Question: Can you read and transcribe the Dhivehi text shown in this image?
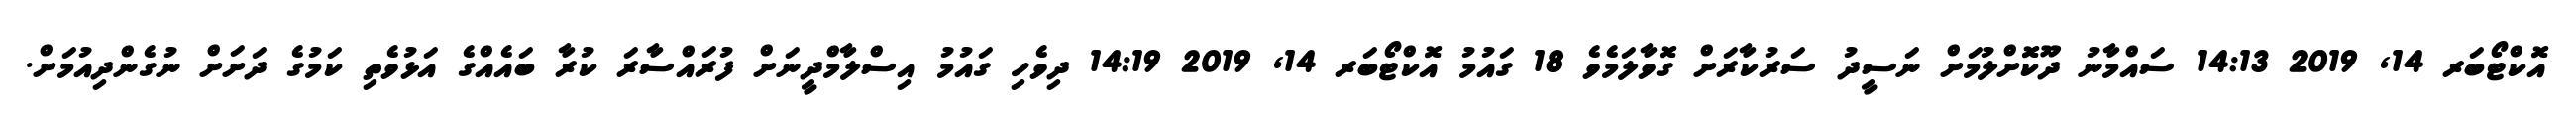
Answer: އޮކްޓޯބަރ 14, 2019 14:13 ސައްމާނު ދޫކޮށްލުމަށް ނަސީދު ސަރުކާރަށް ގޮވާލަމެވެ 18 ގައުމު އޮކްޓޯބަރ 14, 2019 14:19 ދިވެހި ގައުމު އިސްލާމްދީނަށް ފުރައްސާރަ ކުރާ ބައެއްގެ އަޅުވެތި ކަމުގެ ދަށަށް ނުގެންދިއުމަށް.